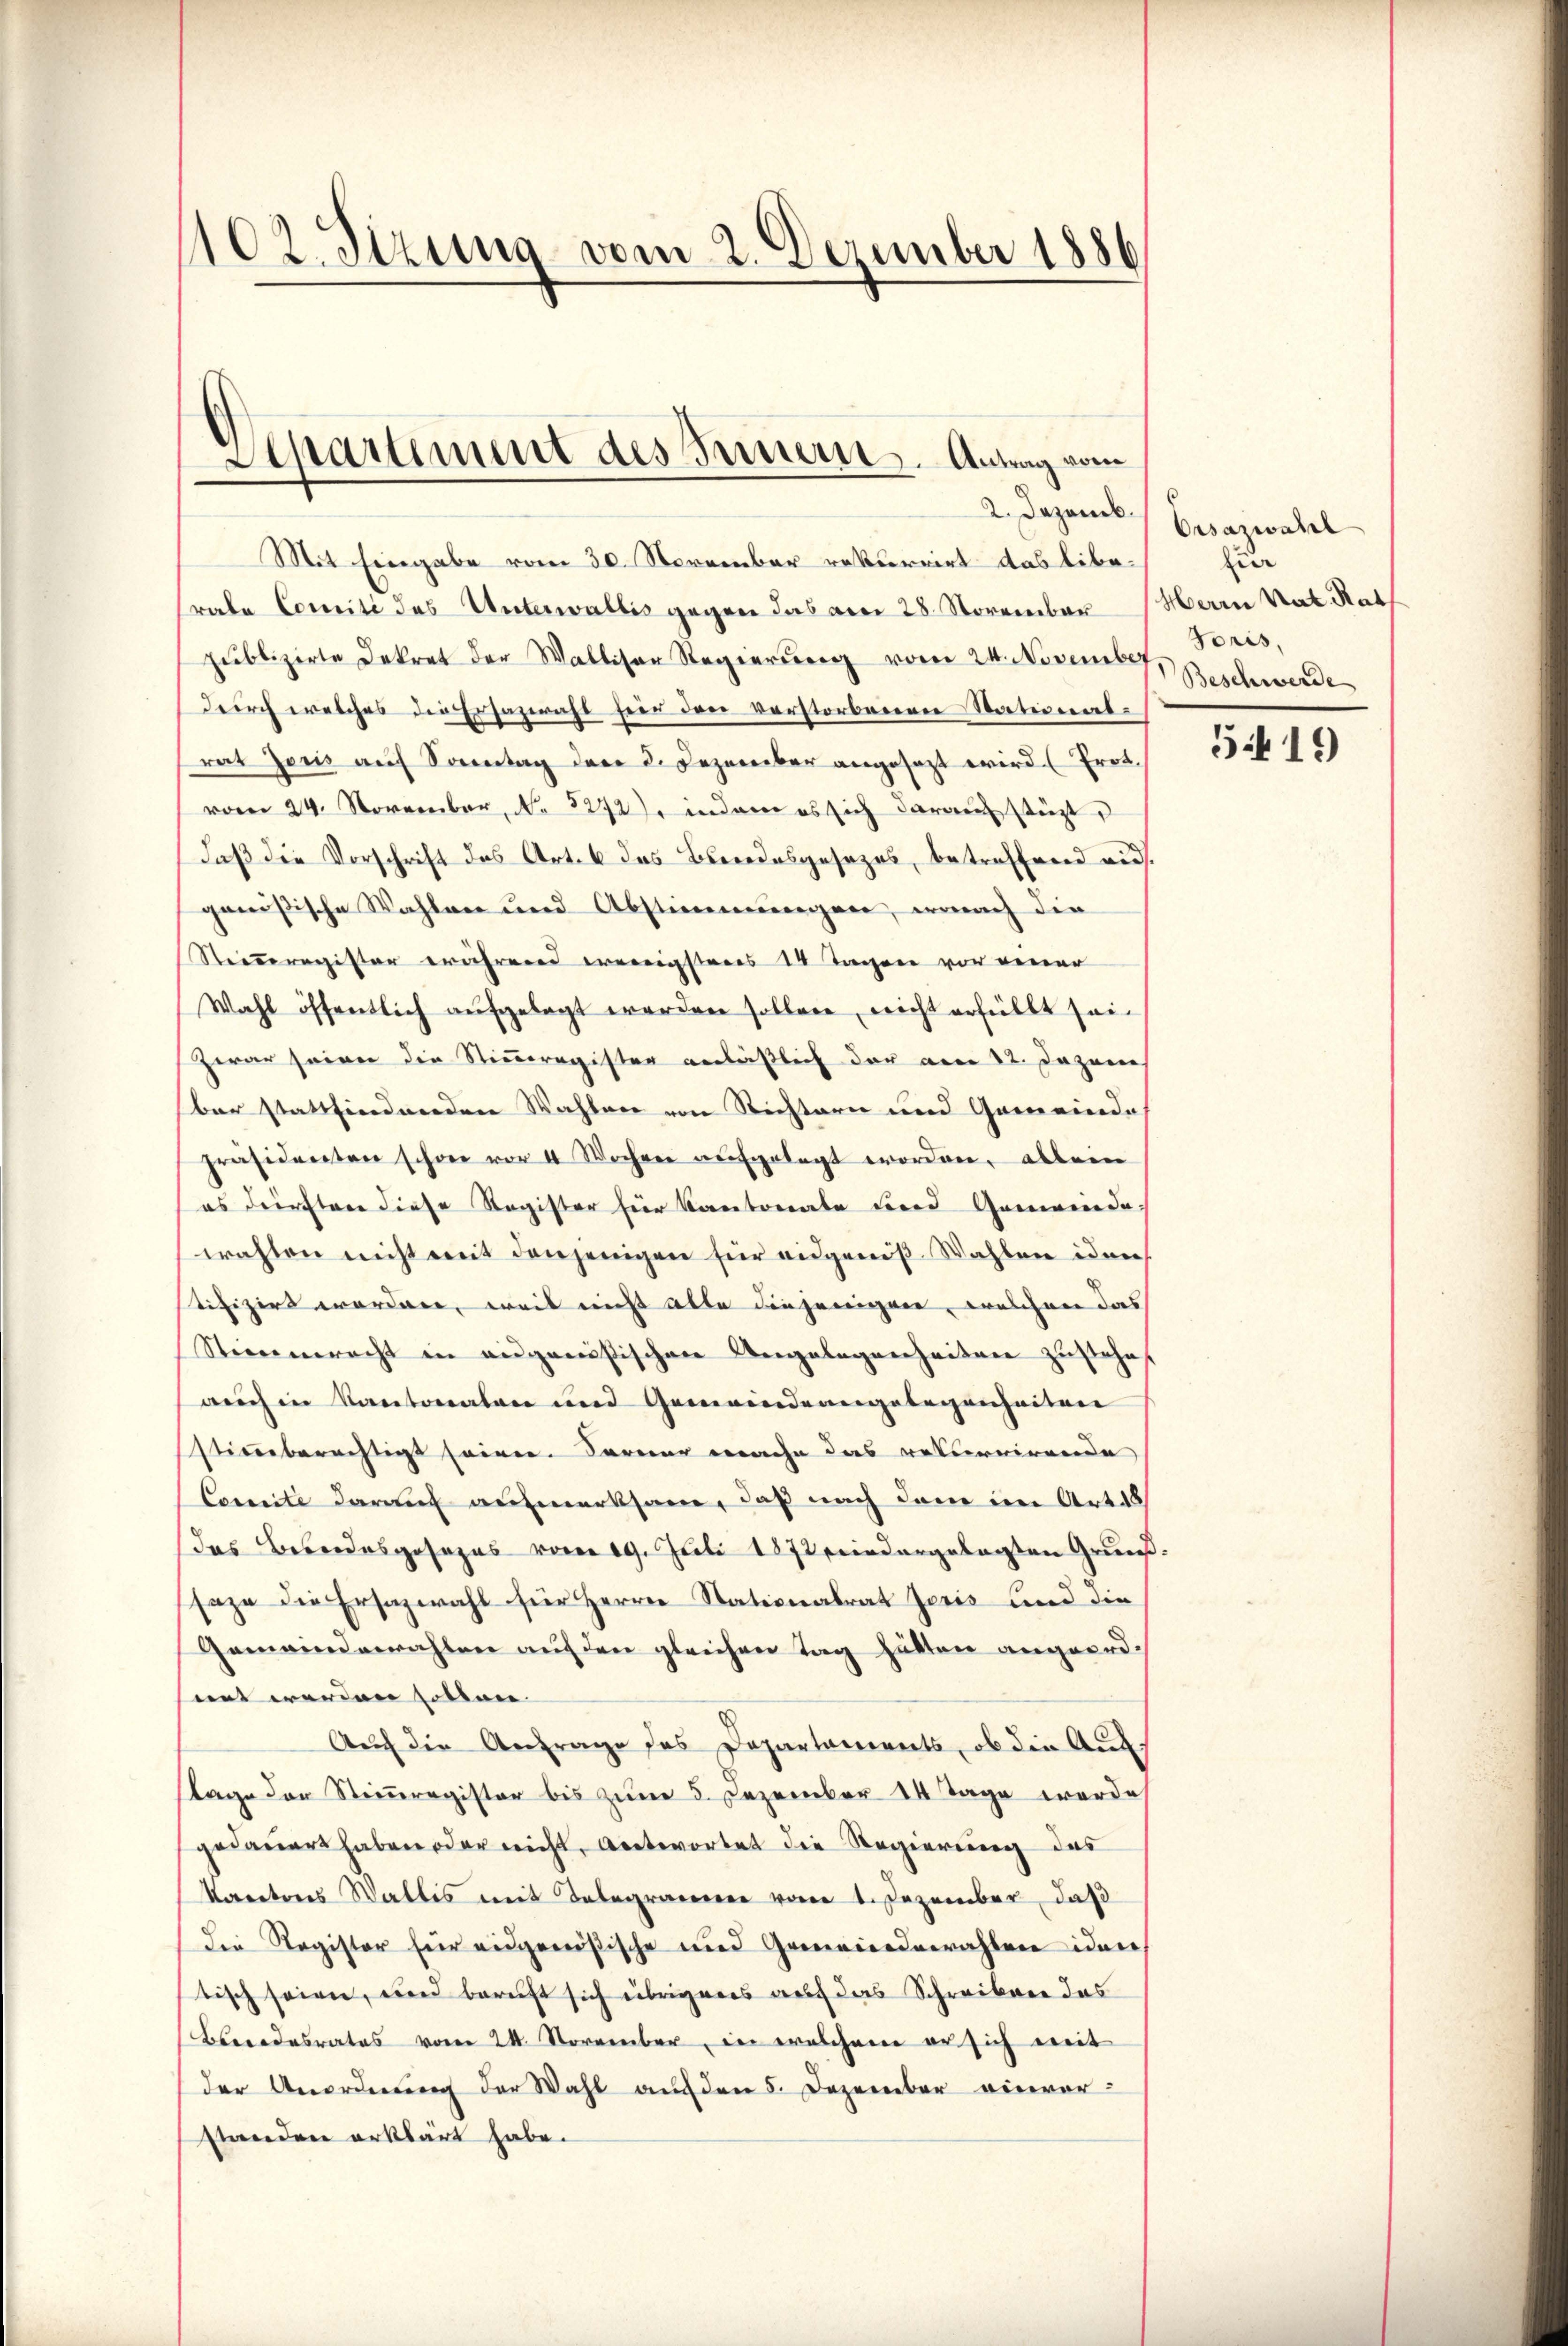
102. Sizung vom 2. Dezember 1886

Separtiment des Innern. Antrag vom

2. Dezemb.
Mit Eingabe vom 30. November rekurrirt das libe-
rate Comité des Unterwaltis gegen das am 28. November Herrn Rat Rath
publizirte Dekret der Walliser Regierŭng vom 24. November Foris,
durch welches die Ersazeraht hier den verstorbenen Stationalrat Jenis auf Sonntag der 2. Dezember angesezt wird (Prot.
vom 24. November, No 52727. in dem es sich darauf stüzt,
daß die Vorschrift des Art. 6 das Beredesgesezes, betreffend aus.
genößische Wahlen und Abstimmungen, wonach die
Stimmregister während wenigsteres 14 Tagen vor einer
Wahl öffentlich aufgelegt werden sollen, nicht erfüllt sei.
Zwar seien die Stimmregister anläßlich der am 22. Dazun
bar stattfindenden Wahlen von Richtern und Gemeindes
präsidenten schon vor 4 Wochen aufgelegt worden, allein
es dürfter diese Register für Kantonale der Gemeindewahlen nicht mit denjenigen für eidgenöß Wahlen iden
tifizirt worden, weil nicht alle diejenigen, welchen das
Stimmeracht in angenößischen Angelegenheiten zustehe
auch in Kantonalen und Gemeindeangelegenheiten
stimmberechtigt seinen. Ferner mache das rekurrirende
Comite darauf aufmerksam, daß nach dem im Art ab
das Besondesgesezes vom 19. Juli 1872 wiedergelegten Grundsaze die Ersatzwahl für Herrn Stationalrat Jeris und die
Gemeindewahlen auf den gleichen Tag hätten angeordsint werden sollen. |
Auch die Antrage des Departaments, ob die Auftage der Steinregister bis zum 5. Dezember 14 Tage werde
gedauert haben oder nicht, Antwortet die Regierung des
Kantons Wallis mit Telegrammen vom 1. Dezember, daß
Die Register für eidgenößische und Grenwiederrahten iden
tisch seien, und beruft sich übrigenes auf das Schreiben das
Bundesrates vom 24. November, in welchem er sich weit
der Anordnŭng der Wahl auf den 5. Dezember viervor-
standen erklärt habe.

Orsazwahl
zur
Beschwerde

5419